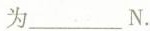
为______N。